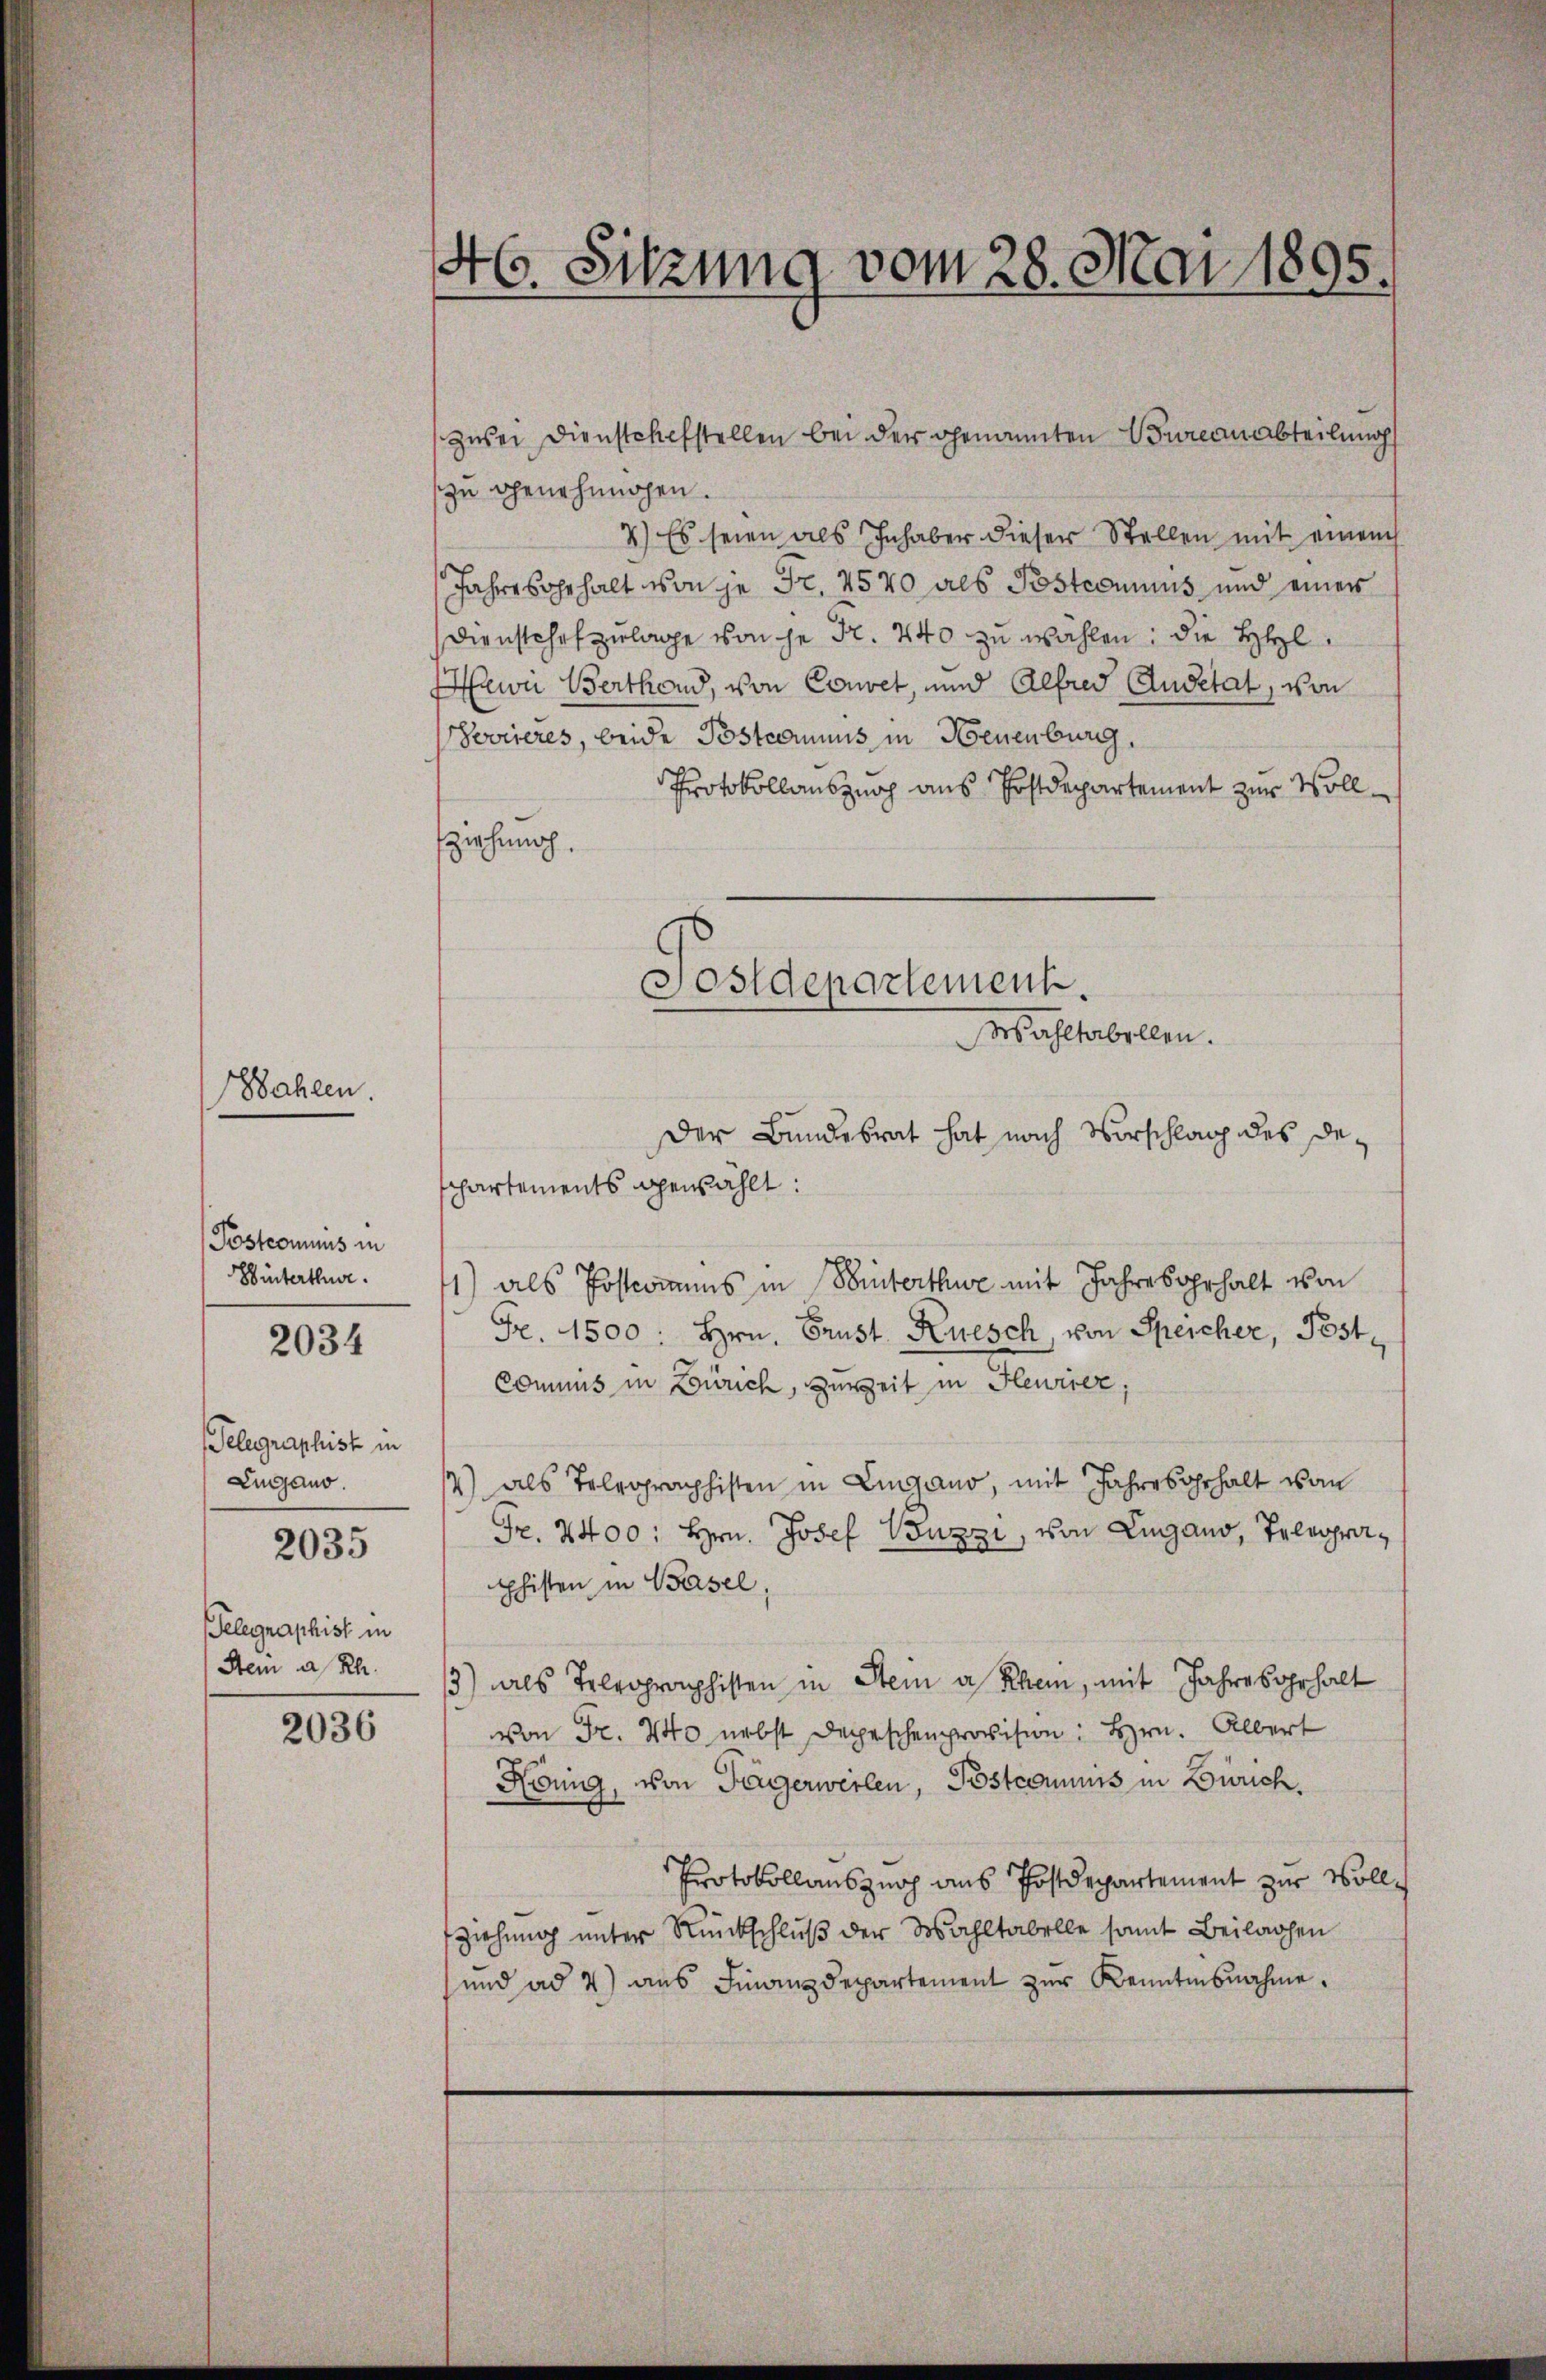
Wahlen

Postcomuns in
Hinterthur.

2034

Telegraphist in
Lugano.

2035

2036

Telegraphist in
Stein a/Rh.

46. Sitzung vom 28. Mai 1895.

zu genehmigen.
7.) Es seien als Inhaber dieser Stellen mit einem
Jahresgehalt von je Fr. 4500 als Postcomnius und einer
Dienstchef zulage von je Fr. 240 zu wählen; die Hel
Mein Berthond, von Convet, und Alfred Qudetat, von
Sovrieres, beide Postcommis in Neuenburg.
Protokollauszug aus Postdepartement zur Vollfziehung.
Chartements gewählt:
1) als Postamens in Winterthur mit Jahresgehalt von
Fr. 1500: Hrn. Prust Kuesch, von Speicher, Pest
Commis in Zürich, zureit in Heurrer,
2) als Telegraphisten in Eingano, mit Jahresgehalt vom
Fr. 2400 : Hrn. Josef Buzzi, von Lugano, Telegraphisten in Basel,
3) als Teleoprophisten in Stein a. Rhein, mit Jahresgehalt
von Fr. 440 nebst Depeschenprovision Hrn. Albert
König, von Tägerweilen, Postcommiss in Zürich.
Protokollauszug aus Postdepartement zur Vollz
ziehung unter Rückschluß der Wahltabelle samt Beilagen
und ad 2) aus Finanzdepartement zur Kenntnisnahme.

Sostdepartement.
rsahltabellen.
Der Bundesrat hat nach Vorschlag des De¬

zwei Dienstchefstellen bei der genannten Bureauabteilung